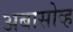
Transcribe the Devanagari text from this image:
अबासोव्ह